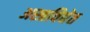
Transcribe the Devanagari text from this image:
अस्त्रविद्येत